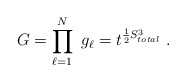
\begin{align*}G=\prod^{N}_{\ell =1}\ g_{\ell}=t^{\frac{1}{2}S^3_{total}}\ .\end{align*}